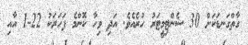
ގާތްގަނޑަކަށް 30 ސެންޓިމީޓަރު ހުރެއެވެ. އަދި ވިހާ ކޮންމެ ފަހަރަކު 22-1 އާއި